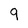
Character: 9